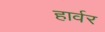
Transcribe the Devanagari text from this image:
हार्वर